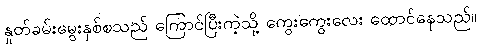
နှုတ်ခမ်းမွေးနှစ်စသည် ကြောင်ပြီးကဲ့သို့ ကွေးကွေးလေး ထောင်နေသည်။